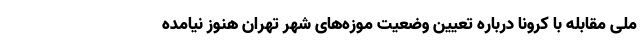
ملی مقابله با کرونا درباره تعیین وضعیت موزه‌های شهر تهران هنوز نیامده